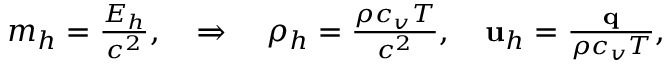
\begin{array} { r } { m _ { h } = \frac { E _ { h } } { c ^ { 2 } } , \quad \Rightarrow \quad \rho _ { h } = \frac { \rho c _ { v } T } { c ^ { 2 } } , \quad \mathbf u _ { h } = \frac { \mathbf q } { \rho c _ { v } T } , } \end{array}